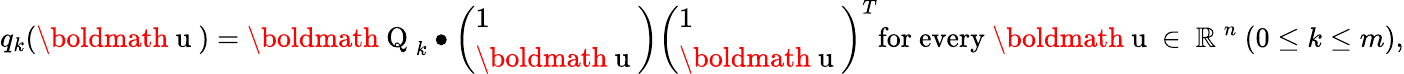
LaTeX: \begin{array}{r}{q_{k}(\mathrm{\boldmath~u~})=\mathrm{\boldmath~Q~}_{k}\bullet\left(\begin{array}{l}{1}\\ {\mathrm{\boldmath~u~}}\end{array}\right)\left(\begin{array}{l}{1}\\ {\mathrm{\boldmath~u~}}\end{array}\right)^{T}\mathrm{for~every~}\mathrm{\boldmath~u~}\in\mathrm{~\mathbb{R}~}^{n}\ (0\leq k\leq m),}\end{array}